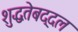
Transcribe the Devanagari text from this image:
शुद्धतेबद्दल